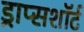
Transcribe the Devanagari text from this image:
ड्राप्सशॉर्ट